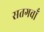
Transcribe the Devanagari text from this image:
सतगवाँ